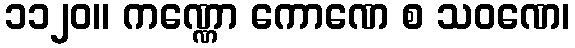
၁၁၂၀။ ကဏ္ဏော ကောဏေ စ သဝဏေ၊